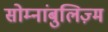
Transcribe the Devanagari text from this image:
सोम्नांबुलिज़्म